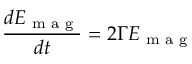
\frac { d { E } _ { \textrm { m a g } } } { d t } = 2 \Gamma E _ { \textrm { m a g } }